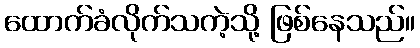
ထောက်ခံလိုက်သကဲ့သို့ ဖြစ်နေသည်။